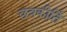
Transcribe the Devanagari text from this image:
छत्रकीर्ति